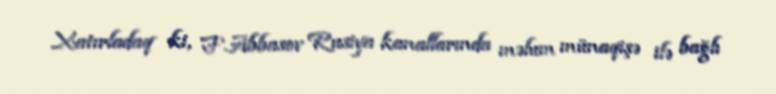
Xatırladaq ki, F.Abbasov Rusiya kanallarında məlum münaqişə ilə bağlı